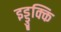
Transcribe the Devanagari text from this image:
इड्डुक्कि